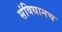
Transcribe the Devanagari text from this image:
संविधानच